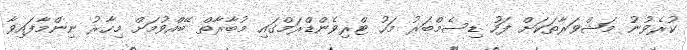
ކުރެވުނު މަޝްވަރާތަކަށް ފަހު ޑިސެމްބަރު މަހު ޓްރިވެންޑްރަމްގައި މުބާރާތް ބޭއްވުމަށް މިހާރު ނިންމާފައިވާ